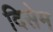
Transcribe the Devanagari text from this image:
दिसेम